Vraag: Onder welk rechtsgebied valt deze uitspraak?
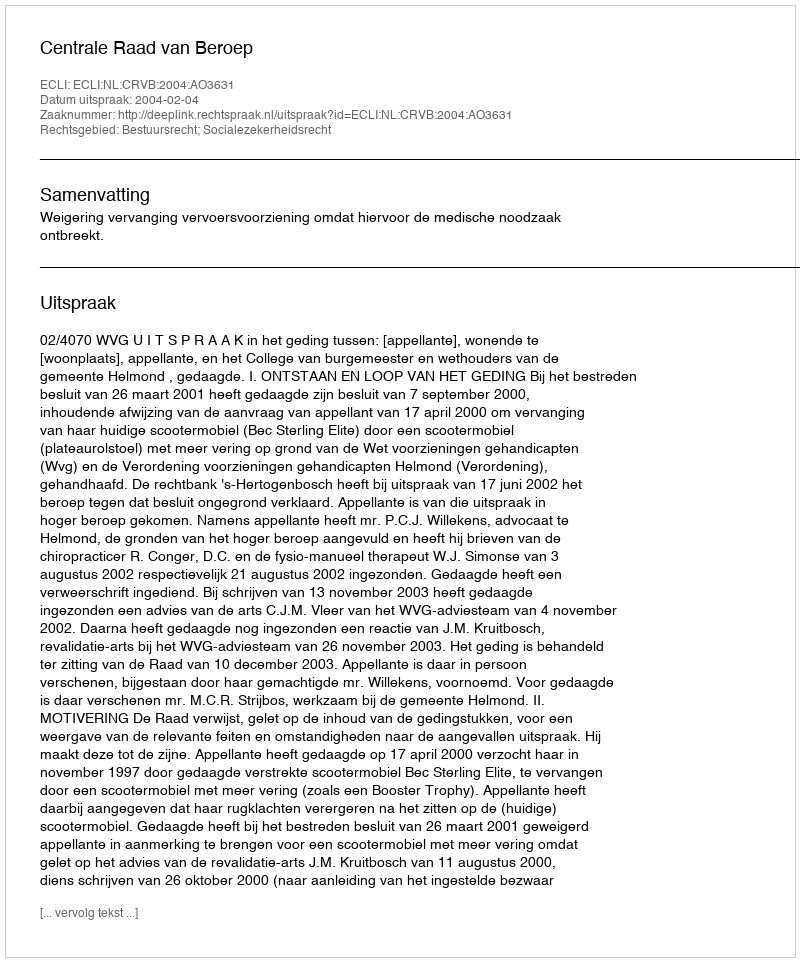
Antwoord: Bestuursrecht; Socialezekerheidsrecht